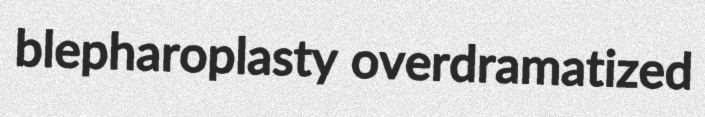
blepharoplasty overdramatized